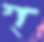
গ্